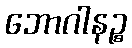
ဘောဂါနဉ္စ